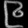
Digit: ၉